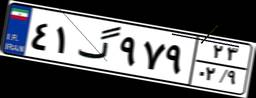
۴۱گ۹۷۹۲۳